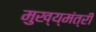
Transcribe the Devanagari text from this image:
मुख्य्मंत्री